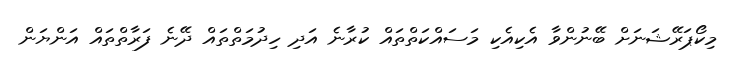
މިކޯޕަރޭޝަނަށް ބޭނުންވާ އެކިއެކި މަސައްކަތްތައް ކުރާނެ އަދި ހިދުމަތްތައް ދޭނެ ފަރާތްތައް އަންޔަން